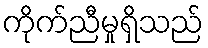
ကိုက်ညီမှုရှိသည်